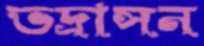
ভদ্রাসন